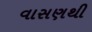
વાસણથી